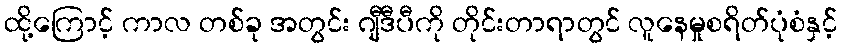
ထို့ကြောင့် ကာလ တစ်ခု အတွင်း ဂျီဒီပီကို တိုင်းတာရာတွင် လူနေမှုစရိတ်ပုံစံနှင့်